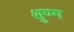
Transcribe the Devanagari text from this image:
शुण्ग